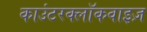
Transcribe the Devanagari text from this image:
काउंटरक्लॉकवाइज़